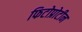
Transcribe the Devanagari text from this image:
फिटोप्रोटीन